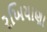
રખિયાણા